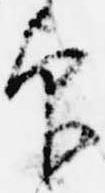
印